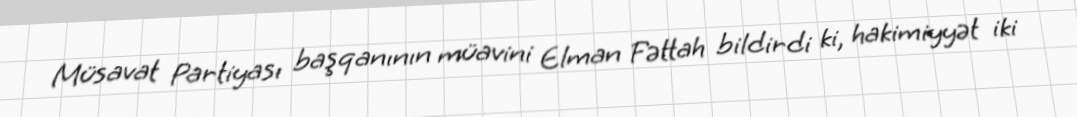
Müsavat Partiyası başqanının müavini Elman Fəttah bildirdi ki, hakimiyyət iki